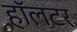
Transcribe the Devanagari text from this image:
हॉलटर